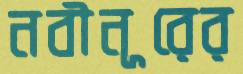
নবীনূরের